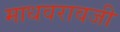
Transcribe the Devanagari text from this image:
माधवरावजी